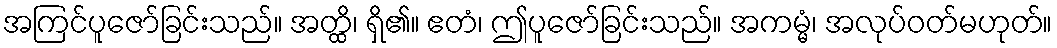
အကြင်ပူဇော်ခြင်းသည်။ အတ္ထိ၊ ရှိ၏။ ဧတံ၊ ဤပူဇော်ခြင်းသည်။ အကမ္မံ၊ အလုပ်ဝတ်မဟုတ်။